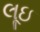
લૂઇ